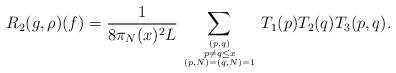
LaTeX: \begin{align*}R_2(g,\rho)(f) = \frac{1}{8 \pi_N(x)^2L}\sum_{(p,q) \atop {p \neq q \leq x \atop{(p,N) = (q,N) = 1}}} T_1(p)T_2(q)T_3(p,q).\end{align*}